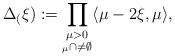
LaTeX: \begin{align*} \Delta_(\xi): = \prod_{\substack{\mu>0 \\ _\mu\cap \overline{} \neq \emptyset}} \langle \mu-2\xi,\mu\rangle , \end{align*}